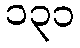
၁၃၁